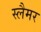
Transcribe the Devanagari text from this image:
स्लैमर